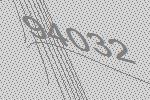
94032